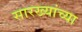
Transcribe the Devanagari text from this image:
सारख्यांच्या